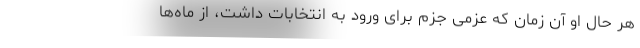
هر حال او آن زمان که عزمی جزم برای ورود به انتخابات داشت، از ماه‌ها